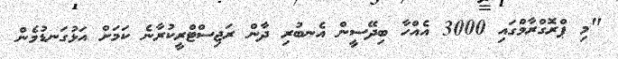
"މި ޕްރޮގްރާމްގައި 3000 އެއްހާ ބިދޭސީން އެނބުރި ދާން ރަޖިސްޓްރީކުރާނެ ކަމަށް އަޅުގަނޑުމެން